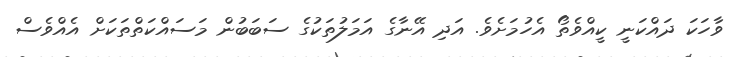
ވާހަކަ ދައްކަނީ ކީއްވެތޯ އެހުމަށެވެ. އަދި އޭނާގެ އަމަލުތަކުގެ ސަބަބުން މަސައްކަތްތަކަށް އެއްވެސް